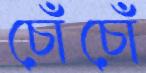
চোঁচোঁ